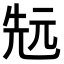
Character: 𠒑